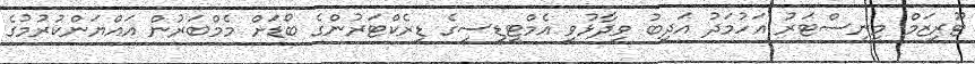
ޓޫރިޒަމް މިނިސްޓަރު އަހުމަދު އަދީބު ވިދާޅުވީ އެމްޓީޑީސީގެ ޑިރެކްޓަރުންގެ ބޯޑަށް މެމްބަރުން އައްޔަންކުރުމުގެ